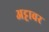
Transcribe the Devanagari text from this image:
अट्टावर